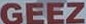
GEEZ